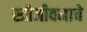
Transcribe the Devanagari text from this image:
स्त्रीजीवनाचे